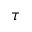
\tau